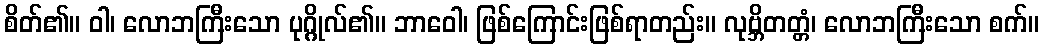
စိတ်၏။ ဝါ၊ လောဘကြီးသော ပုဂ္ဂိုလ်၏။ ဘာဝေါ၊ ဖြစ်ကြောင်းဖြစ်ရာတည်း။ လုဗ္ဘိတတ္တံ၊ လောဘကြီးသော စက်။